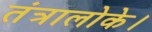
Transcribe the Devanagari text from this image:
तंत्रालोके।